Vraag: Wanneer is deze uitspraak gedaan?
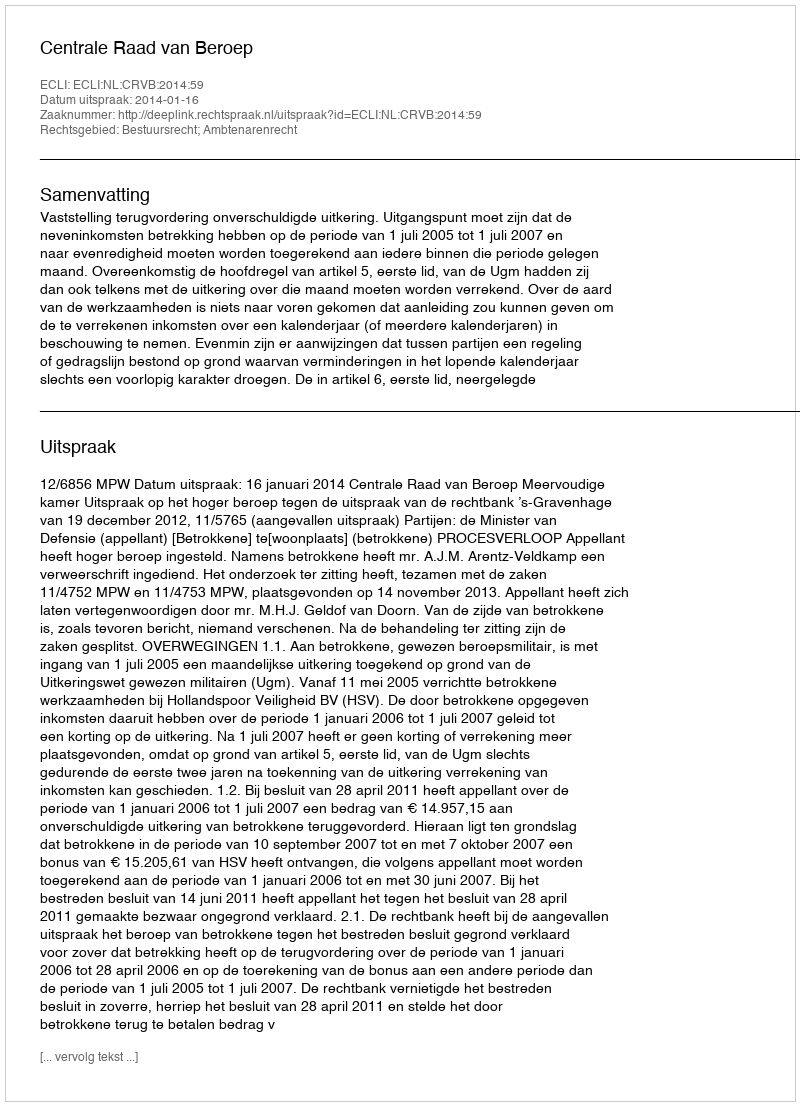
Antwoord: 2014-01-16